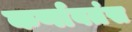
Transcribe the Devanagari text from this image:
कर्णावतंस